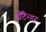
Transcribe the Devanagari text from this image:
सैंटैन्डर